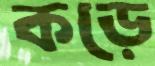
কড়ে